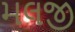
મલજી